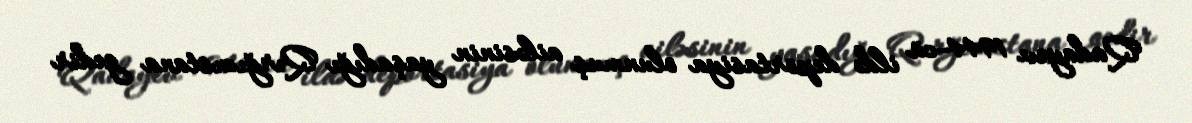
Qadayev 1944-cü ildə deportasiya olunmuş ailəsinin yaşadığı Qırğızıstana gedir